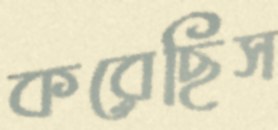
করেছিস